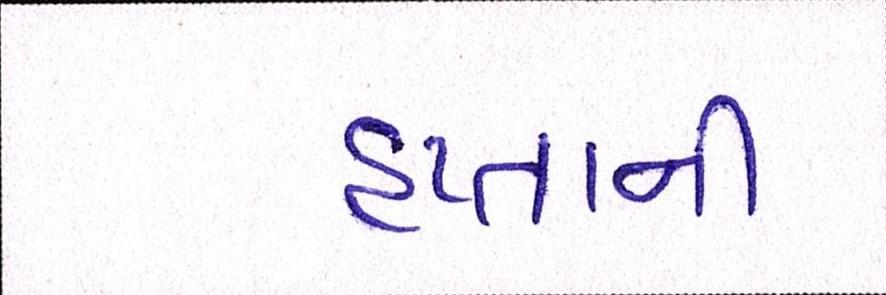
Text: હપ્તાની